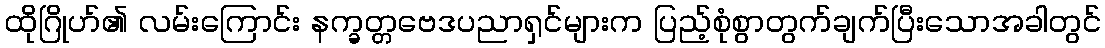
ထိုဂြိုဟ်၏ လမ်းကြောင်း နက္ခတ္တဗေဒပညာရှင်များက ပြည့်စုံစွာတွက်ချက်ပြီးသောအခါတွင်